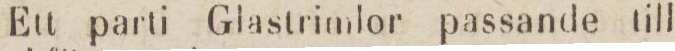
Ett parti Glastrimlor passande till